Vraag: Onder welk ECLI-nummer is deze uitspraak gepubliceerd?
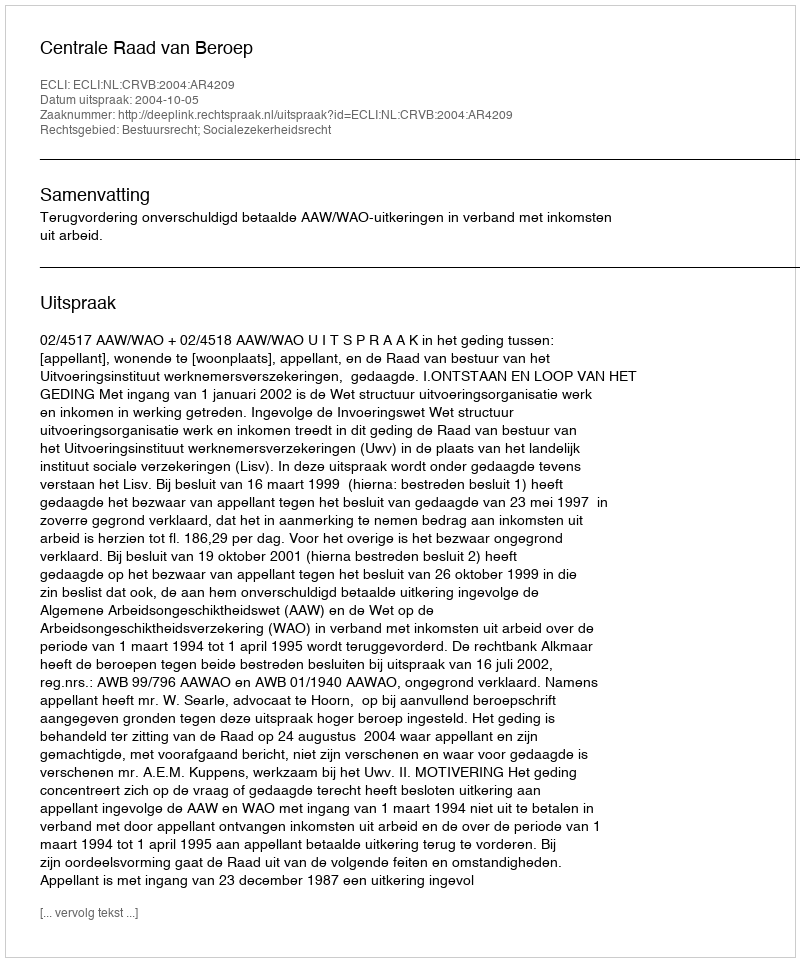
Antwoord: ECLI:NL:CRVB:2004:AR4209